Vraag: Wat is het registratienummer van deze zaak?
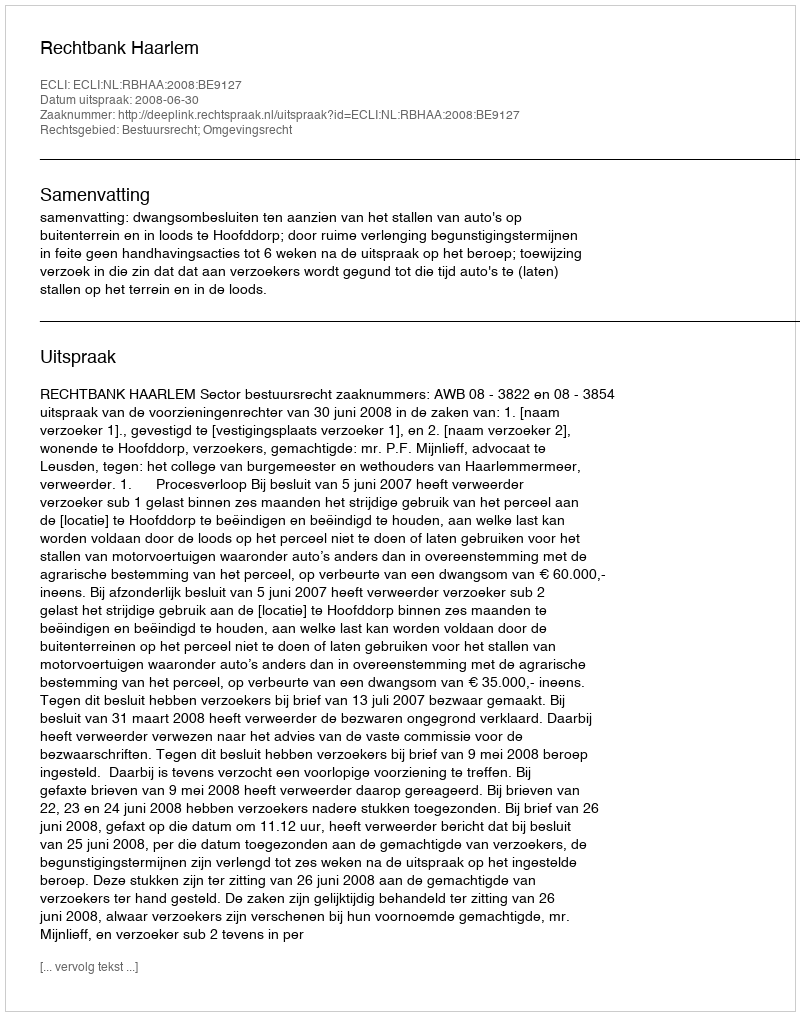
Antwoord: http://deeplink.rechtspraak.nl/uitspraak?id=ECLI:NL:RBHAA:2008:BE9127